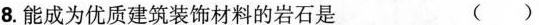
8.能成为优质建筑装饰材料的岩石是 ()